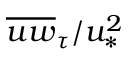
\overline { { u w } } _ { \tau } / u _ { \ast } ^ { 2 }